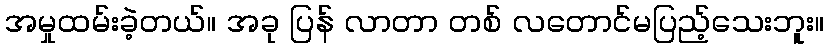
အမှုထမ်းခဲ့တယ်။ အခု ပြန် လာတာ တစ် လတောင်မပြည့်သေးဘူး။